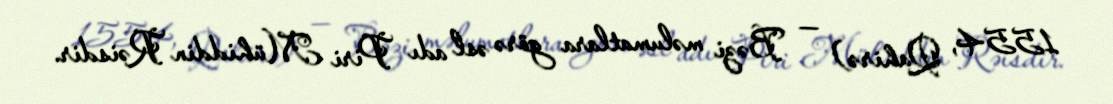
1554, Qahirə) — Bəzi məlumatlara görə əsl adı Piri Mühiddin Rəisdir.